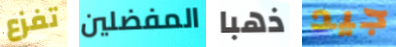
تفزع المفضلين ذهبا جيد